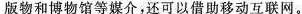
版物和博物馆等媒介，还可以借助移动互联网。